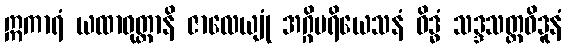
ဣကာရံ ယထာဝုတ္တာနိ ဇာလေယျုံ အဂ္ဂိပရိယေသနံ ဝိဒ္ဓံ သဒ္ဒသတ္ထဝိဒူနံ